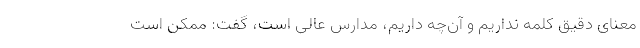
معنای دقیق کلمه نداریم و آن‌چه داریم، مدارسِ عالی است، گفت: ممکن است